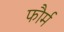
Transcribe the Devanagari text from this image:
फौर्म